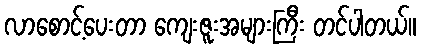
လာစောင့်ပေးတာ ကျေးဇူးအများကြီး တင်ပါတယ်။